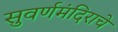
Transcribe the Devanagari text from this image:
सुवर्णमंदिराचे